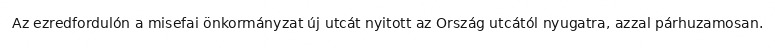
Az ezredfordulón a misefai önkormányzat új utcát nyitott az Ország utcától nyugatra, azzal párhuzamosan.